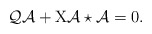
\begin{align*}{\cal Q}\mathcal{A}+\mathrm{X}\mathcal{A}\star\mathcal{A}=0.\end{align*}